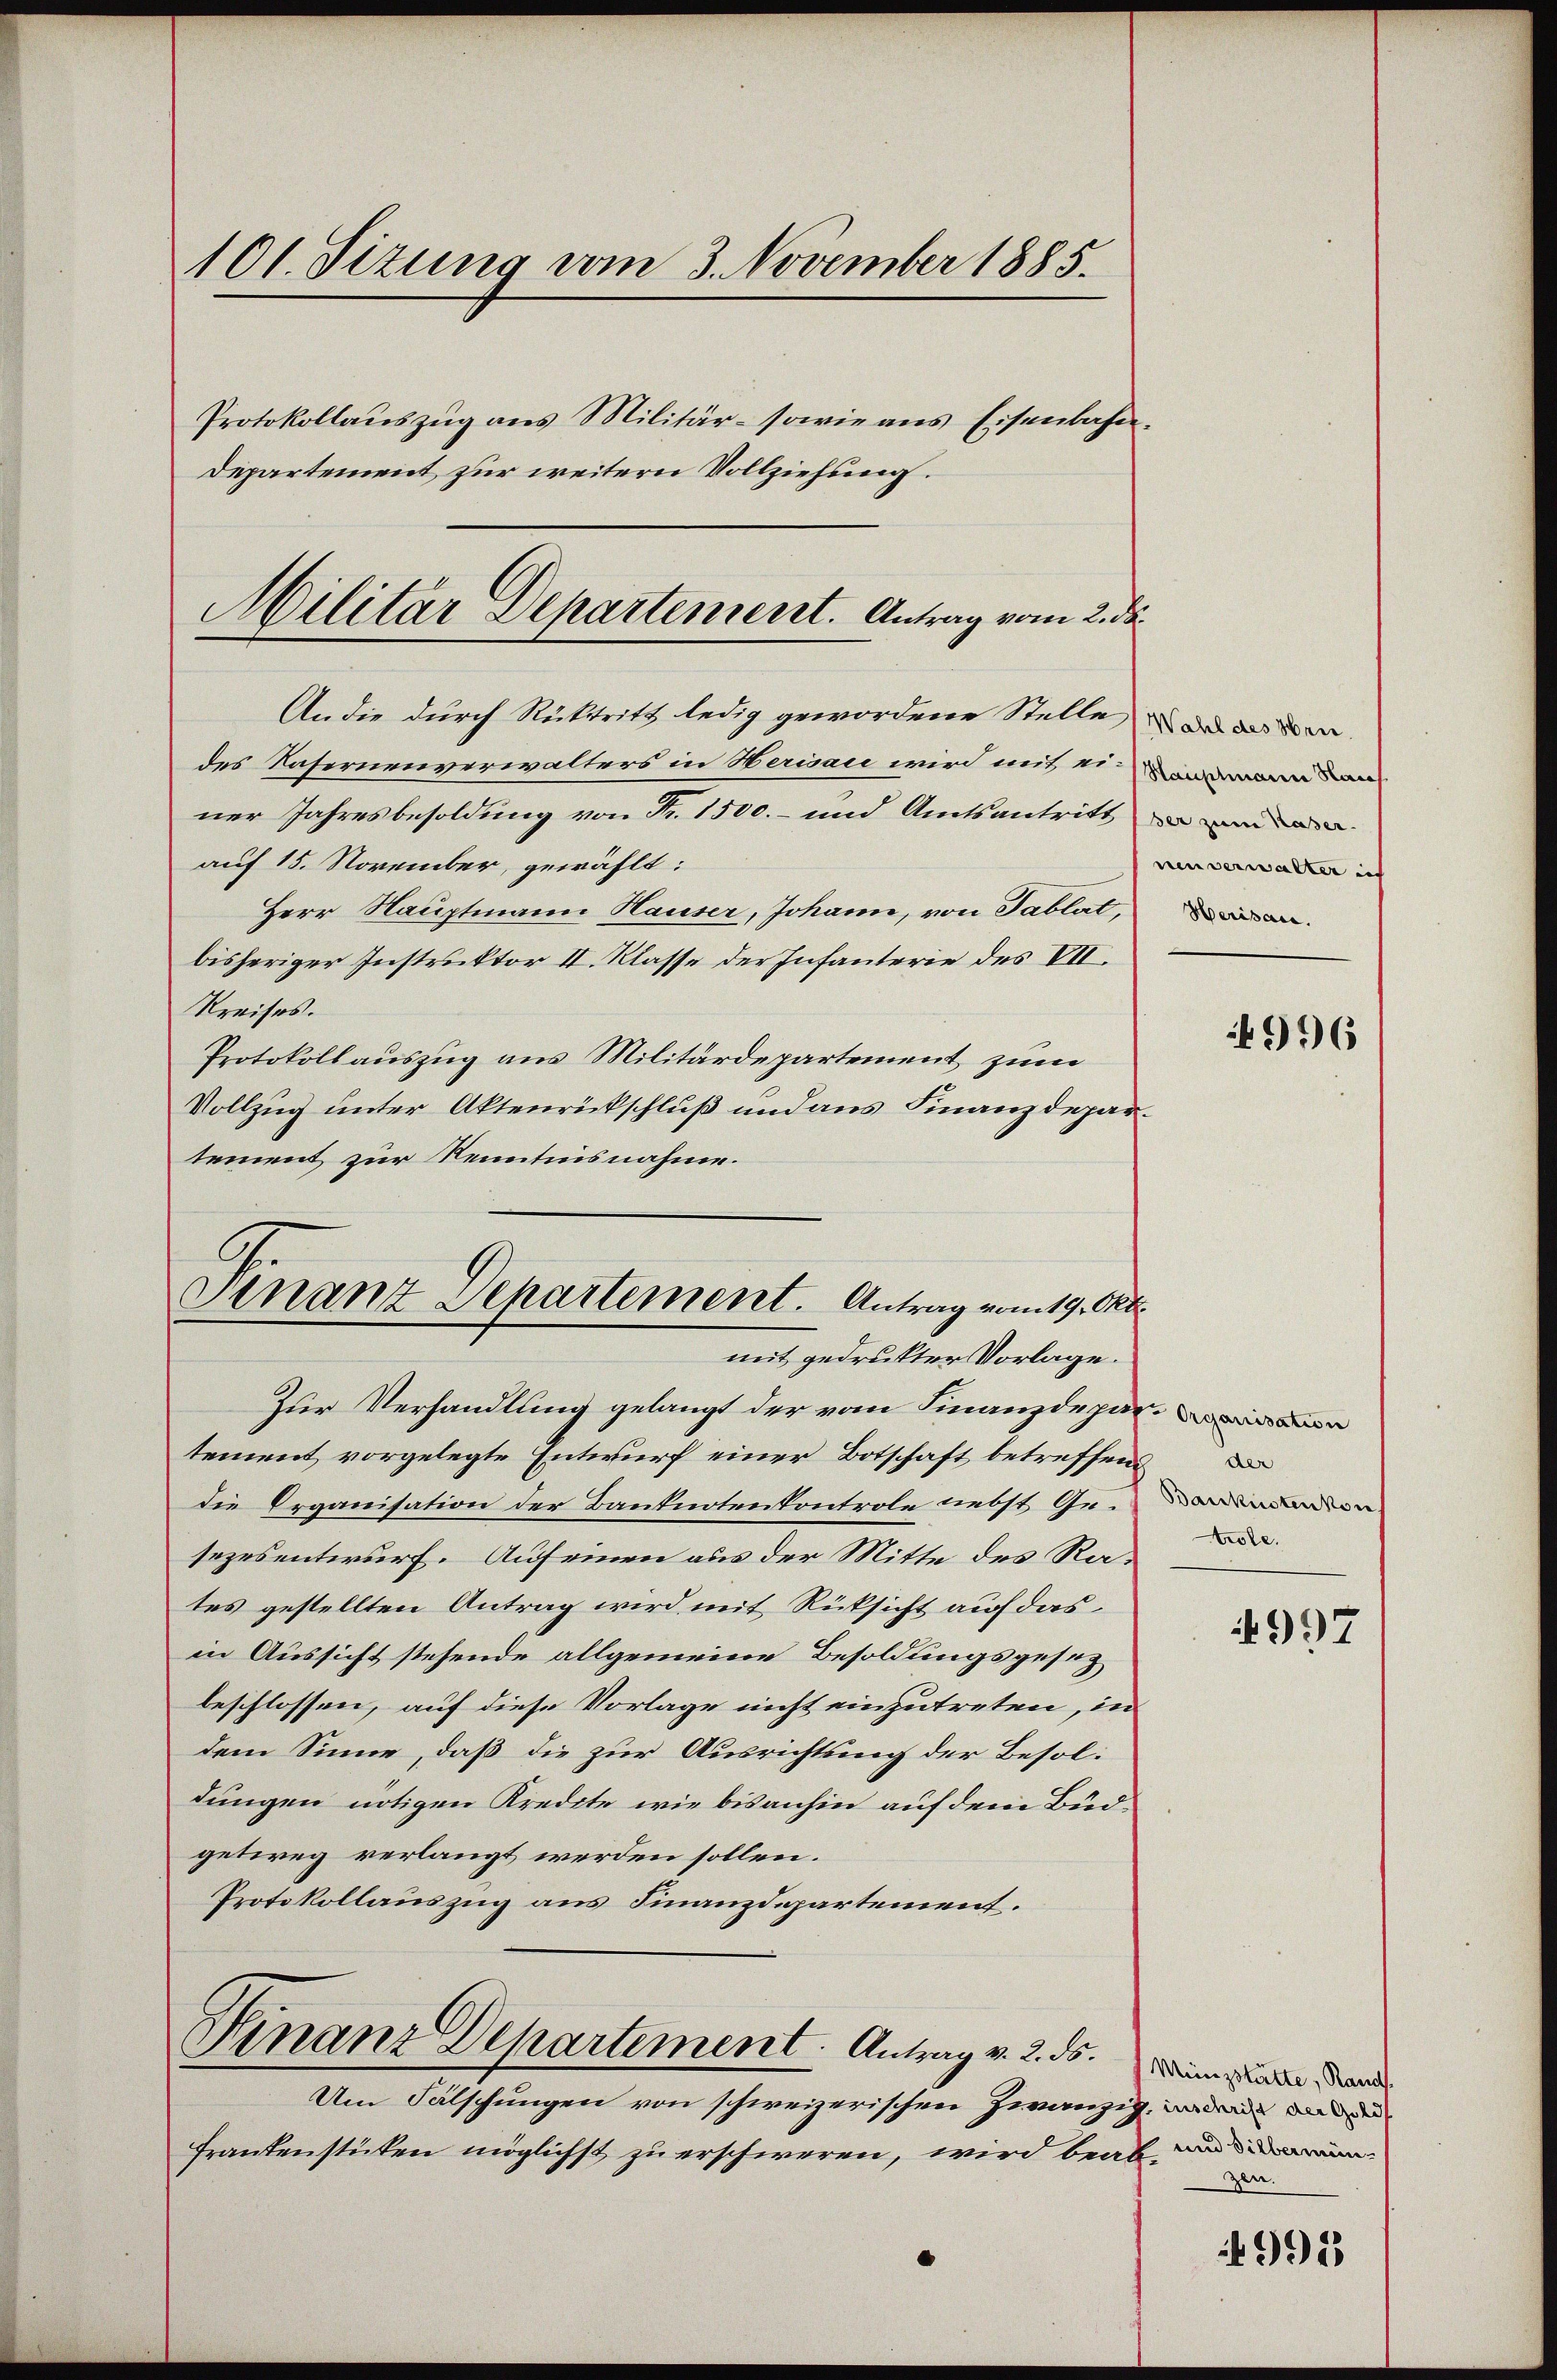
101. Sizung vom 3. November 1885.
Protokollauszug aus Militär- sowie aus Eisenbahn.
Departement zur weitern Vollziehung.

Militar Departement. Antrag vom 2. ds.

An die durch Rücktritt ledig gewordene Stelle und den
des Kasernenverwalters in Herisau wird mit einen
ner Jahresbesoldung von Fr. 1500.- und Amtsantritt
auf 15. November, gewählt:
Herr Nauptmann Hauser, Johann, von Tablat,
bisheriger Instruktor II. Klasse der Infanterie des VII.
Kreises.
Protokollauszug aus Militärdepartement zum
Vollzug unter Aktenrückschluß und aus Finanzdepar
tement zur Kenntnisnahme.
Zur Verhandlung gelangt der vom Finanzdepatement vorgelegte Entwurf einer Botschaft betreffend
die Organisation der Banknotenkontrole nebst Gesezesentwurf. Auf einen aus der Mitte des Rates gestellten Antrag wird mit Rücksicht auf das
in Aussicht stehende allgemeine Besoldungsgesez
beschlossen, auf diese Vorlage nicht einzutreten, in
dem Sinne, daß die zur Ausrichtung der Besoldungen nötigen Kredite wie bisanhin auf dem Büdgetweg verlangt werden sollen.
Protokollauszug aus Finanzdepartement.
Hinanz Departement. Antrag v. 2. ds.
Um Fälschungen von schweizerischen zwanzig, wieder d
Frankenstücken möglichst zu erschweren, wird beab¬

Gnanz Departement. Antrag vom 19. Okt
mit gedruckter Vorlage.

nenverwalter ich
Herisau.

6996

e Organisation
der
Baukusten kon
trole.

4997

Münzstätte, Rands
und Silberminzen.

991